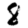
Digit: 8